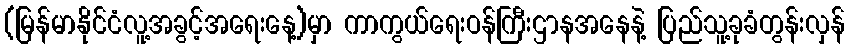
(မြန်မာနိုင်ငံလူ့အခွင့်အရေးနေ့)မှာ ကာကွယ်ရေးဝန်ကြီးဌာနအနေနဲ့ ပြည်သူ့ခုခံတွန်းလှန်